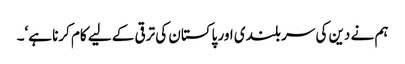
ہم نے دین کی سر بلندی اور پاکستان کی ترقی کے لیے کام کرنا ہے‘۔